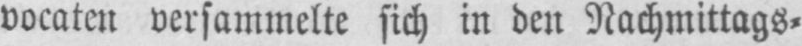
vocaten versammelte sich in den Nachmittags⸗